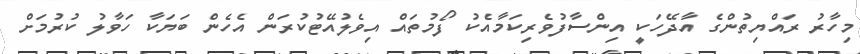
މިހާރު ރައްޔިތުންގެ އާދޭހަކީ އިންސާފުވެރިކަމާއެކު ފޯމުތައް އިވެލުއޭޓުކުރަން އެހެން ބަޔަކާ ހަވާލު ކުރުމަށް